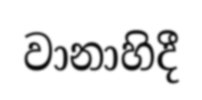
වානාහිදී